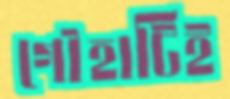
গৌহাটিই